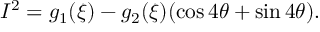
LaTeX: I ^ { 2 } = g _ { 1 } ( \xi ) - g _ { 2 } ( \xi ) ( \cos 4 \theta + \sin 4 \theta ) .